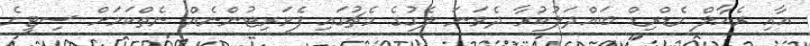
އާއި ރެއާލް މެޑްރިޑް ބައްދަލުކުރާ ދެވަނަ ލެގުގެ މެޗުގައި ފެވަރިޓުންނެއް ނެތްކަމަށް ސިޓީގެ